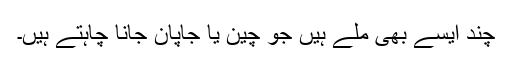
چند ایسے بھی ملے ہیں جو چین یا جاپان جانا چاہتے ہیں۔